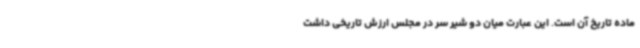
ماده تاریخ آن است. این عبارت میان دو شیر سر در مجلس ارزش تاریخی داشت